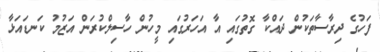
ފަހުގެ ދިރާސާތަކުން ދައްކާ ގޮތުގައި އާ އަހަރުގައި މީހުން ހާސިލްކުރަން އަޒުމު ކަނޑައަޅާ